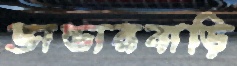
ভান্ডারবাড়ি